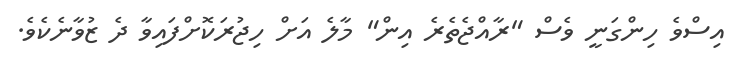
އިސްވެ ހިންގަނީ ވެސް "ރާއްޖެތެރެ އިން" މާލެ އަށް ހިޖުރަކޮށްފައިވާ ދެ ޒުވާނެކެވެ.